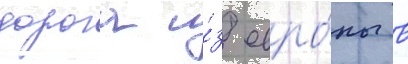
дорога и́з евро́пы в